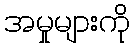
အမှုများကို